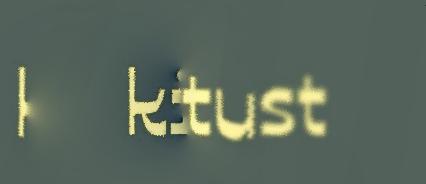
kiävtust